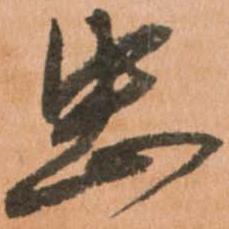
忠